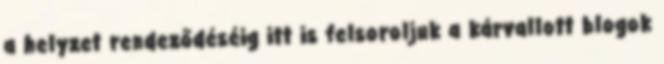
a helyzet rendeződéséig itt is felsoroljuk a kárvallott blogok